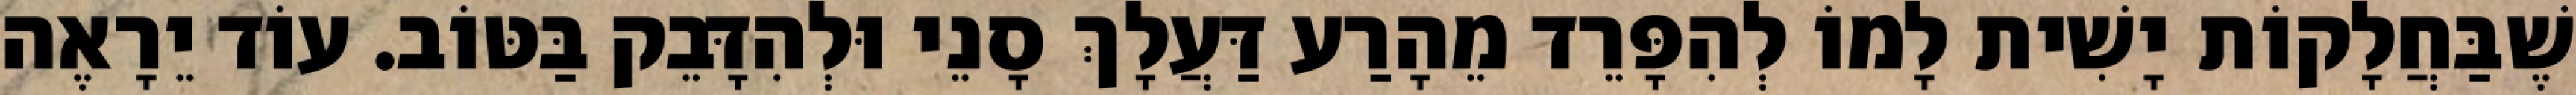
שֶׁבַּחֲלָקוֹת יָשִׁית לָמוֹ לְהִפָּרֵד מֵהָרַע דַּעֲלָךְ סָנֵי וּלְהִדָּבֵק בַּטּוֹב. עוֹד יֵרָאֶה